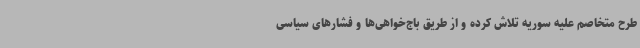
طرح متخاصم علیه سوریه تلاش کرده و از طریق باج‌خواهی‌ها و فشارهای سیاسی